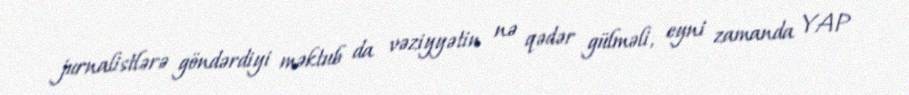
jurnalistlərə göndərdiyi məktub da vəziyyətin nə qədər gülməli, eyni zamanda YAP